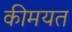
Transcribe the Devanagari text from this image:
कीमयत